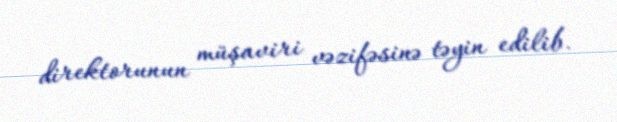
direktorunun müşaviri vəzifəsinə təyin edilib.